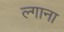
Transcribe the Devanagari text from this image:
ल्गाना